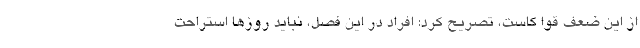
از این ضعف قوا کاست، تصریح کرد: افراد در این فصل، نباید روزها استراحت